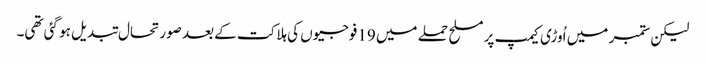
لیکن ستمبر میں اُوڑی کیمپ پر مسلح حملے میں 19فوجیوں کی ہلاکت کے بعد صورتحال تبدیل ہو گئی تھی۔